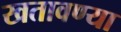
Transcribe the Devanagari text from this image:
खतावण्या